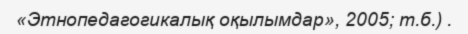
«Этнопедагогикалық оқылымдар», 2005; т.б.) .